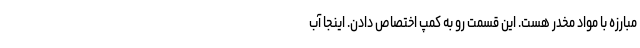
مبارزه با مواد مخدر هست. این قسمت رو به کمپ اختصاص دادن. اینجا آب